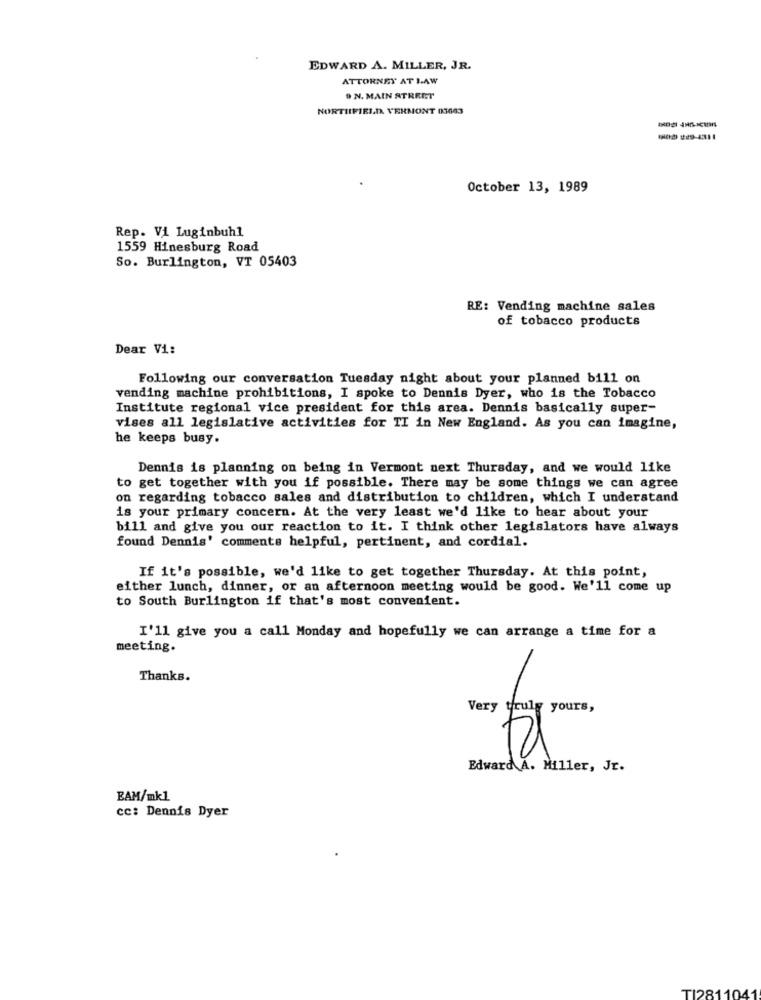
EDWARD A. MILLER, JR.
ATTORNEY AT LAW
9 N. MAIN STREET
NORTHFIELD VERMONT 03003
October 13, 1989
Rep. Vi Luginbuhl
1559 Hinesburg Road
So. Burlington, VT 05403
RE: Vending machine sales
of tobacco products
Dear Vi:
Following our conversation Tuesday night about your planned bill on
vending machine prohibitions, I spoke to Dennis Dyer, who is the Tobacco
Institute regional vice president for this area. Dennis basically super-
vises all legislative activities for TI in New England. As you can imagine,
he keeps busy.
Dennis is planning on being in Vermont next Thursday, and we would like
to get together with you if possible. There may be some things we can agree
on regarding tobacco sales and distribution to children, which I understand
is your primary concern. At the very least we'd like to hear about your
bill and give you our reaction to it. I think other legislators have always
found Dennis' comments helpful, pertinent, and cordial.
If it's possible, we'd like to get together Thursday. At this point,
either lunch, dinner, or an afternoon meeting would be good. We'll come up
to South Burlington if that's most convenient.
I'll give you a call Monday and hopefully we can arrange a time for a
meeting.
Thanks.
Very truly yours,
Edward A. Miller, Jr.
EAM/mk1
cc: Dennis Dyer
TI28